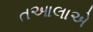
તઆલાએ